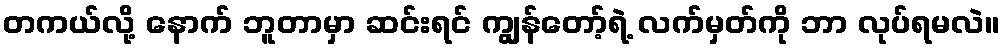
တကယ်လို့ နောက် ဘူတာမှာ ဆင်းရင် ကျွန်တော့်ရဲ့ လက်မှတ်ကို ဘာ လုပ်ရမလဲ။